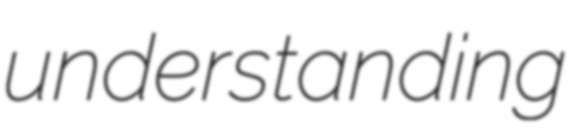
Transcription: understanding